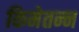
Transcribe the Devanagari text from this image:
किमेतन्न